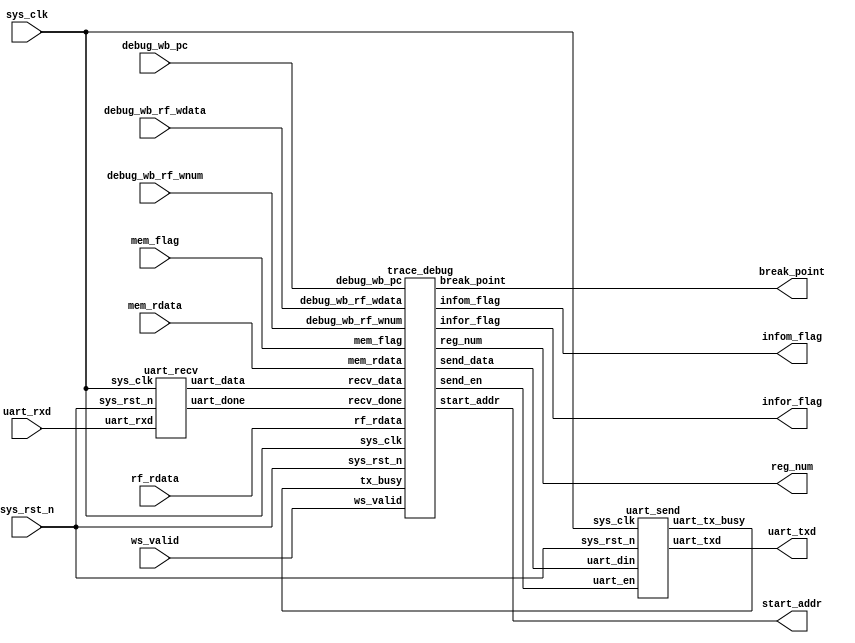
module debug_top(
     input           sys_clk,            
     input           sys_rst_n,          
     input           uart_rxd,
     input[31:0]     debug_wb_pc,
     input[ 4:0]     debug_wb_rf_wnum,
     input[31:0]     debug_wb_rf_wdata,
     input           ws_valid,
     output          break_point,
     output          infor_flag,
     output[ 4:0]    reg_num,
     input [31:0]    rf_rdata,
     output          infom_flag,
     output[31:0]    start_addr,
     input           mem_flag,
     input[ 7:0]     mem_rdata,   
     output          uart_txd          
     );
 
  //parameter define
parameter  CLK_FREQ = 50000000;         
parameter  UART_BPS = 9600;          
    
//wire define   
wire       uart_recv_done;              
wire [7:0] uart_recv_data;              
wire       uart_send_en;                
wire [7:0] uart_send_data;             
wire       uart_tx_busy;                


uart_recv u_uart_recv(                 
    .sys_clk        (sys_clk), 
    .sys_rst_n      (sys_rst_n),
    
    .uart_rxd       (uart_rxd),
    .uart_done      (uart_recv_done),
    .uart_data      (uart_recv_data)
    );

  
uart_send  u_uart_send(                 
    .sys_clk        (sys_clk),
    .sys_rst_n      (sys_rst_n),
    
    .uart_en        (uart_send_en),
    .uart_din       (uart_send_data),
    .uart_tx_busy   (uart_tx_busy),
    .uart_txd       (uart_txd)
    );
    
  
trace_debug u_trace_debug(
    .sys_clk        (sys_clk),             
    .sys_rst_n      (sys_rst_n),           

    .recv_done      (uart_recv_done),   
    .recv_data      (uart_recv_data),

    .debug_wb_pc      (debug_wb_pc      ),
    .debug_wb_rf_wnum (debug_wb_rf_wnum ),
    .debug_wb_rf_wdata(debug_wb_rf_wdata),
    .ws_valid         (ws_valid         ),
    .break_point      (break_point      ),
    .infor_flag       (infor_flag       ),
    .reg_num          (reg_num          ),
    .rf_rdata         (rf_rdata         ),
    .infom_flag       (infom_flag       ),
    .start_addr       (start_addr       ),
    .mem_flag         (mem_flag         ),
    .mem_rdata        (mem_rdata        ),
  
    .tx_busy        (uart_tx_busy),           
    .send_en        (uart_send_en),     
    .send_data      (uart_send_data)    
    );
    
endmodule 

module uart_recv(
    input             sys_clk,                  
    input             sys_rst_n,               
     
    input             uart_rxd,                 
    output  reg       uart_done,               
    output  reg [7:0] uart_data               
    );
    
//parameter define
parameter  CLK_FREQ = 50000000;               
parameter  UART_BPS = 9600;                    
localparam  BPS_CNT  = CLK_FREQ/UART_BPS;       
                                                
//reg define
reg        uart_rxd_d0;
reg        uart_rxd_d1;
reg        rx_flag; 
reg [15:0] clk_cnt;                
reg [ 3:0] rx_cnt;                  
reg [ 7:0] rxdata;                             

//wire define
wire       start_flag;

assign  start_flag = uart_rxd_d1 & (~uart_rxd_d0);    

always @(posedge sys_clk or negedge sys_rst_n) begin 
    if (!sys_rst_n) begin 
        uart_rxd_d0 <= 1'b0;
        uart_rxd_d1 <= 1'b0;          
    end
    else begin
        uart_rxd_d0  <= uart_rxd;                   
        uart_rxd_d1  <= uart_rxd_d0;
    end   
end

  
always @(posedge sys_clk or negedge sys_rst_n) begin         
    if (!sys_rst_n)                                  
        rx_flag <= 1'b0;
    else begin
        if(start_flag)                          
            rx_flag <= 1'b1;                    
                                               
        else if((rx_cnt == 4'd9) && (clk_cnt == BPS_CNT/2))
            rx_flag <= 1'b0;                   
            else
               rx_flag <= rx_flag;
    end
end


always @(posedge sys_clk or negedge sys_rst_n) begin         
    if (!sys_rst_n)                             
        clk_cnt <= 16'd0;                                  
    else if ( rx_flag ) begin                   
        if (clk_cnt < BPS_CNT - 1)
            clk_cnt <= clk_cnt + 1'b1;
      else
            clk_cnt <= 16'd0;                   
    end
    else                                            
        clk_cnt <= 16'd0;                       
end


always @(posedge sys_clk or negedge sys_rst_n) begin         
    if (!sys_rst_n)                             
        rx_cnt  <= 4'd0;
    else if ( rx_flag ) begin                   
        if (clk_cnt == BPS_CNT - 1)             
            rx_cnt <= rx_cnt + 1'b1;           
        else
            rx_cnt <= rx_cnt;       
    end
    else
        rx_cnt  <= 4'd0;                        
end


always @(posedge sys_clk or negedge sys_rst_n) begin 
    if ( !sys_rst_n)  
        rxdata <= 8'd0;                                     
    else if(rx_flag)                            
        if (clk_cnt == BPS_CNT/2) begin         
            case ( rx_cnt )
            4'd1 : rxdata[0] <= uart_rxd_d1;   
            4'd2 : rxdata[1] <= uart_rxd_d1;
            4'd3 : rxdata[2] <= uart_rxd_d1;
            4'd4 : rxdata[3] <= uart_rxd_d1;
            4'd5 : rxdata[4] <= uart_rxd_d1;
            4'd6 : rxdata[5] <= uart_rxd_d1;
            4'd7 : rxdata[6] <= uart_rxd_d1;
            4'd8 : rxdata[7] <= uart_rxd_d1;   
           default:;                                    
           endcase
       end
       else 
           rxdata <= rxdata;
    else
        rxdata <= 8'd0;
end


always @(posedge sys_clk or negedge sys_rst_n) begin        
    if (!sys_rst_n) begin
        uart_data <= 8'd0;                               
        uart_done <= 1'b0;
    end
    else if(rx_cnt == 4'd9) begin                         
        uart_data <= rxdata;                    
        uart_done <= 1'b1;                    
    end
    else begin
        uart_data <= 8'd0;                                   
        uart_done <= 1'b0; 
    end    
end

endmodule    

module uart_send(
    input              sys_clk,             
    input              sys_rst_n,           
    input              uart_en,             
    input       [ 7:0] uart_din,            
    output             uart_tx_busy,                   
    output  reg        uart_txd                  
    );
    
//parameter define
parameter  CLK_FREQ = 50000000;             
parameter  UART_BPS = 9600;                 
localparam  BPS_CNT  = CLK_FREQ/UART_BPS;   

//reg define
reg        uart_en_d0; 
reg        uart_en_d1;  
reg        tx_flag;
reg [15:0] clk_cnt;             
reg [ 7:0] tx_data;             
reg [ 3:0] tx_cnt; 

wire       en_flag;                            

assign uart_tx_busy = tx_flag;

assign en_flag = (~uart_en_d1) & uart_en_d0;

always @(posedge sys_clk or negedge sys_rst_n) begin         
    if (!sys_rst_n) begin
        uart_en_d0 <= 1'b0;                                  
        uart_en_d1 <= 1'b0;
    end                                                      
    else begin                                               
        uart_en_d0 <= uart_en;                               
        uart_en_d1 <= uart_en_d0;                            
    end
end


always @(posedge sys_clk or negedge sys_rst_n) begin         
    if (!sys_rst_n) begin                                  
        tx_flag <= 1'b0;
        tx_data <= 8'd0;
    end 
    else if (en_flag) begin                             
            tx_flag <= 1'b1;               
            tx_data <= uart_din;           
        end
                                            
        else if ((tx_cnt == 4'd9) && (clk_cnt == BPS_CNT - (BPS_CNT/16))) begin                                       
            tx_flag <= 1'b0;                
            tx_data <= 8'd0;
        end
        else begin
            tx_flag <= tx_flag;
            tx_data <= tx_data;
        end 
end


always @(posedge sys_clk or negedge sys_rst_n) begin         
    if (!sys_rst_n)                             
        clk_cnt <= 16'd0;                                  
    else if (tx_flag) begin                
        if (clk_cnt < BPS_CNT - 1)
            clk_cnt <= clk_cnt + 1'b1;
        else
            clk_cnt <= 16'd0;               
    end
    else                             
        clk_cnt <= 16'd0;                   
end


always @(posedge sys_clk or negedge sys_rst_n) begin         
    if (!sys_rst_n)                             
        tx_cnt <= 4'd0;
    else if (tx_flag) begin                 
        if (clk_cnt == BPS_CNT - 1)         
            tx_cnt <= tx_cnt + 1'b1;        
        else
            tx_cnt <= tx_cnt;       
    end
    else                              
        tx_cnt  <= 4'd0;                    
end


always @(posedge sys_clk or negedge sys_rst_n) begin        
    if (!sys_rst_n)  
        uart_txd <= 1'b1;        
    else if (tx_flag)
       case(tx_cnt)
           4'd0: uart_txd <= 1'b0;        
           4'd1: uart_txd <= tx_data[0];   
           4'd2: uart_txd <= tx_data[1];
           4'd3: uart_txd <= tx_data[2];
           4'd4: uart_txd <= tx_data[3];
           4'd5: uart_txd <= tx_data[4];
           4'd6: uart_txd <= tx_data[5];
           4'd7: uart_txd <= tx_data[6];
           4'd8: uart_txd <= tx_data[7];   
           4'd9: uart_txd <= 1'b1;         
           default: ;
     endcase
    else 
        uart_txd <= 1'b1;                   
end

endmodule             


/*...........................................................Debug module........................................*/
module trace_debug(
     input            sys_clk,                   
     input            sys_rst_n,                
     
     input            recv_done,                 
     input[7:0]       recv_data,

     input[31:0]      debug_wb_pc,
     input[ 4:0]      debug_wb_rf_wnum,
     input[31:0]      debug_wb_rf_wdata,
     input            ws_valid,
     output           break_point,
     output           infor_flag,
     output[ 4:0]     reg_num, 
     input [31:0]     rf_rdata,

     output           infom_flag,
     output[31:0]     start_addr,
     input            mem_flag,
     input[ 7:0]      mem_rdata,

     input            tx_busy,                      
     output reg       send_en,                   
     output reg [7:0] send_data                  
    );

//reg define
reg recv_done_d0;
reg recv_done_d1;

//wire define
wire recv_done_flag;

assign recv_done_flag = (~recv_done_d1) & recv_done_d0;
                                                
always @(posedge sys_clk or negedge sys_rst_n) begin         
    if (!sys_rst_n) begin
        recv_done_d0 <= 1'b0;                                  
        recv_done_d1 <= 1'b0;
    end                                                      
    else begin                                               
        recv_done_d0 <= recv_done;                               
        recv_done_d1 <= recv_done_d0;                            
    end
end


//receive
reg[31:0] break_pc;
reg[ 4:0] recv_state;
reg       break_flag;
reg       infor_flag_r;
reg[ 7:0] reg_num_r;
reg       infom_flag_r;
reg[31:0] start_addr_r;
reg       step_flag;
reg[31:0] step_pc;
reg[31:0] trace_pc;
reg       trace_flag;
reg       list_flag;
always@(posedge sys_clk or negedge sys_rst_n)begin
    if(!sys_rst_n)begin  
        recv_state  <=5'd0;
        break_flag  <=1'b0;
        break_pc    <=32'd0;
        infor_flag_r<=1'b0;
        reg_num_r   <=8'd0;
        infom_flag_r<=1'b0;
        start_addr_r<=32'd0;
        step_flag   <=1'b0;
        step_pc     <=32'd0;
        trace_pc    <=32'd0;
        trace_flag  <=1'b0;
        list_flag   <=1'b0;
    end
    else begin
        case(recv_state)
        5'd00:begin
            if(recv_done_flag && recv_data==8'd01)begin          //trace
                recv_state<=5'd22;
                trace_flag<=1'b1;  
            end
            if(recv_done_flag && recv_data==8'd02)begin          //break_point
                recv_state<=recv_state+1'b1;
                break_flag<=1'b1;
                step_flag <=1'b0;
                trace_flag<=1'b0;   
            end
            else if(recv_done_flag && recv_data==8'd03)begin    //continue
                recv_state  <=5'd09;
                break_flag  <=1'b0;
                step_flag   <=1'b0;
            end
            else if(recv_done_flag && recv_data==8'd04)begin    //infor
                recv_state<=5'd10;
            end
            else if(recv_done_flag && recv_data==8'd05)begin    //infom
                recv_state<=5'd13;
            end
            else if(recv_done_flag && recv_data==8'd06)begin    //step
                recv_state<=5'd09;
                step_flag <=1'b1;
                break_flag<=1'b0;
                step_pc   <=debug_wb_pc;
            end
            else if(recv_done_flag && recv_data==8'd07)begin   //list
                recv_state<=5'd30;
                list_flag <=1'b1;
            end
        end
        //receive break_point
        5'd01:if(!recv_done_flag)
                recv_state    <=recv_state+1'b1;
        5'd02:begin
            if(recv_done_flag)begin
                break_pc[31:24]<=recv_data;
                recv_state     <=recv_state+1'b1;
            end
        end
        5'd03:if(!recv_done_flag)
                recv_state    <=recv_state+1'b1;
        5'd04:begin
            if(recv_done_flag)begin
                break_pc[23:16]<=recv_data;
                recv_state     <=recv_state+1'b1;
            end
        end
        5'd05:if(!recv_done_flag)
                recv_state   <=recv_state+1'b1;
        5'd06:begin
            if(recv_done_flag)begin
                break_pc[15:8]<=recv_data;
                recv_state    <=recv_state+1'b1;
            end
        end
        5'd07:if(!recv_done_flag)
                recv_state   <=recv_state+1'b1;
        5'd08:begin
            if(recv_done_flag)begin
                break_pc[7:0]<=recv_data;
                recv_state   <=recv_state+1'b1;
            end
        end
        5'd09:if(!recv_done_flag)
                recv_state  <=5'd0;

        //receive reg_num 
        5'd10:if(!recv_done_flag)
                recv_state  <=recv_state+1'b1;
        5'd11:begin
            if(recv_done_flag)begin
                infor_flag_r<=1'b1;
                reg_num_r   <=recv_data;
                recv_state  <=recv_state+1'b1;
            end
        end
        5'd12:begin
            infor_flag_r<=1'b0;
            recv_state  <=5'd09;
        end

        //receive mem_addr
        5'd13:if(!recv_done_flag)
                recv_state    <=recv_state+1'b1;
        5'd14:begin
            if(recv_done_flag)begin
                start_addr_r[31:24]<=recv_data;
                recv_state         <=recv_state+1'b1;
            end
        end
        5'd15:if(!recv_done_flag)
                recv_state    <=recv_state+1'b1;
        5'd16:begin
            if(recv_done_flag)begin
                start_addr_r[23:16]<=recv_data;
                recv_state         <=recv_state+1'b1;
            end 
        end
        5'd17:if(!recv_done_flag)
                recv_state   <=recv_state+1'b1;
        5'd18:begin
            if(recv_done_flag)begin
                start_addr_r[15:8]<=recv_data;
                recv_state        <=recv_state+1'b1;
            end
        end
        5'd19:if(!recv_done_flag)
                recv_state   <=recv_state+1'b1;
        5'd20:begin
            if(recv_done_flag)begin
                infom_flag_r   <=1'b1;
                start_addr_r[7:0]<=recv_data;
                recv_state       <=recv_state+1'b1;
            end
        end
        5'd21:begin
            if(mem_flag)begin
                infom_flag_r<=1'b0;
                recv_state  <=5'd09;
            end
        end
        
        5'd22:if(!recv_done_flag)
                recv_state    <=recv_state+1'b1;
        5'd23:begin
            if(recv_done_flag)begin
                trace_pc[31:24]<=recv_data;
                recv_state    <=recv_state+1'b1;
            end
        end
        5'd24:if(!recv_done_flag)
                recv_state    <=recv_state+1'b1;
        5'd25:begin
            if(recv_done_flag)begin
                trace_pc[23:16]<=recv_data;
                recv_state    <=recv_state+1'b1;
            end
        end
        5'd26:if(!recv_done_flag)
                recv_state   <=recv_state+1'b1;
        5'd27:begin
            if(recv_done_flag)begin
                trace_pc[15:8]<=recv_data;
                recv_state   <=recv_state+1'b1;
            end
        end
        5'd28:if(!recv_done_flag)
                recv_state   <=recv_state+1'b1;
        5'd29:begin
            if(recv_done_flag)begin
                trace_pc[7:0]<=recv_data;
                recv_state  <=5'd09;
            end
        end
        5'd30:begin
            list_flag <=1'b0;
            recv_state<=5'd0;
        end
        default:;
        endcase
    end
end


//break_point and step processing
assign break_point=((break_pc==debug_wb_pc && ws_valid && break_flag) || (step_pc!=debug_wb_pc && step_flag))? 1'b1:1'b0; 
//infor processing
assign infor_flag=infor_flag_r;
assign reg_num=reg_num_r[4:0];
//infom processing
assign infom_flag=infom_flag_r;
assign start_addr=start_addr_r;


//send
reg a_flag;
reg send_flag;
reg[ 5:0] send_state;
reg[31:0] rf_rdata_r;
reg[ 7:0] mem_rdata_r;
reg[ 4:0] wnum_r;
reg[31:0] wdata_r;
reg[31:0] list_pc_r;

always@(posedge sys_clk or negedge sys_rst_n) begin         
      if (!sys_rst_n) begin
          send_en   <= 1'b0;
          send_data <= 8'd0;
          send_flag <= 1'b0;
          a_flag    <= 1'b0;
          send_state<= 6'd0;
      end                                                      
      else if(infor_flag)begin 
               send_flag <= 1'b1;
               send_state<= 6'd0;
               rf_rdata_r<= rf_rdata;                                                        
          end
      else if(infom_flag && mem_flag)begin
               send_flag  <=1'b1;
               send_state <=6'd20;
               mem_rdata_r<=mem_rdata;
      end
      else if(trace_pc==debug_wb_pc && trace_flag && !a_flag)begin 
               send_flag <= 1'b1;
               a_flag    <= 1'b1;
               send_state<= 6'd25;
               wnum_r    <= debug_wb_rf_wnum;
               wdata_r   <= debug_wb_rf_wdata;                                                          
          end
      else if(list_flag)begin
               send_flag<=1'b1;
               send_state<=6'd50;
               list_pc_r<=debug_wb_pc;
      end
      else if(send_flag)begin
        case(send_state)
        6'd00:begin
            if(~tx_busy)begin
              send_en   <= 1'b1;
              send_data <= rf_rdata_r[31:24];
              send_state<=send_state+1'b1;
            end
      end
        6'd04:begin
                send_en   <= 1'b0;
                send_state<= send_state+1'b1;
        end
        6'd05:begin
            if(~tx_busy)begin
                send_en   <= 1'b1;
                send_data <=rf_rdata_r[23:16];
                send_state<=send_state+1'b1;   
            end
        end
        6'd09:begin
                send_en   <= 1'b0;
                send_state<= send_state+1'b1;
        end
        6'd10:begin
            if(~tx_busy)begin
                send_en   <= 1'b1;
                send_data <=rf_rdata_r[15:8];
                send_state<=send_state+1'b1;   
            end
        end
        6'd14:begin
                send_en   <= 1'b0;
                send_state<= send_state+1'b1;
        end 
        6'd15:begin
            if(~tx_busy)begin
                send_en   <= 1'b1;
                send_data <=rf_rdata_r[7:0];
                send_state<=send_state+1'b1;   
            end
        end
        6'd19:begin
                send_en   <= 1'b0;
                send_flag <= 1'b0;
                send_state<= 6'd0;
        end


        6'd20:begin
            if(~tx_busy)begin
              send_en   <= 1'b1;
              send_data <= mem_rdata_r;
              send_state<=send_state+1'b1;
            end
      end
        6'd24:begin
                send_en   <= 1'b0;
                send_flag <= 1'b0;
                send_state<= 5'd0;
        end
        

        6'd25:begin
            if(~tx_busy)begin
              send_en   <= 1'b1;
              send_data <={3'd0,wnum_r};
              send_state<=send_state+1'b1;
            end
      end
        6'd29:begin
                send_en   <= 1'b0;
                send_state<= send_state+1'b1;
        end
        6'd30:begin
            if(~tx_busy)begin
                send_en   <= 1'b1;
                send_data <=wdata_r[31:24];
                send_state<=send_state+1'b1;   
            end
        end
        6'd34:begin
                send_en   <= 1'b0;
                send_state<= send_state+1'b1;
        end
        6'd35:begin
            if(~tx_busy)begin
                send_en   <= 1'b1;
                send_data <=wdata_r[23:16];
                send_state<=send_state+1'b1;   
            end
        end
        6'd39:begin
                send_en   <= 1'b0;
                send_state<= send_state+1'b1;
        end 
        6'd40:begin
            if(~tx_busy)begin
                send_en   <= 1'b1;
                send_data <=wdata_r[15:8];
                send_state<=send_state+1'b1;   
            end
        end
        6'd44:begin
                send_en   <= 1'b0;
                send_state<= send_state+1'b1;
        end 
        6'd45:begin
            if(~tx_busy)begin
                send_en   <= 1'b1;
                send_data <=wdata_r[7:0];
                send_state<=send_state+1'b1;   
            end
        end
        6'd49:begin
            if(recv_state==5'd10 || recv_state==5'd13 || recv_state==5'd29)begin
                send_en   <= 1'b0;
                send_flag <= 1'b0;
                a_flag    <= 1'b0;
                send_state<= 6'd0;
            end
        end


        6'd50:begin
            if(~tx_busy)begin
              send_en   <= 1'b1;
              send_data <= list_pc_r[31:24];
              send_state<=send_state+1'b1;
            end
      end
        6'd52:begin
                send_en   <= 1'b0;
                send_state<= send_state+1'b1;
        end
        6'd53:begin
            if(~tx_busy)begin
                send_en   <= 1'b1;
                send_data <=list_pc_r[23:16];
                send_state<=send_state+1'b1;   
            end
        end
        6'd55:begin
                send_en   <= 1'b0;
                send_state<= send_state+1'b1;
        end
        6'd56:begin
            if(~tx_busy)begin
                send_en   <= 1'b1;
                send_data <=list_pc_r[15:8];
                send_state<=send_state+1'b1;   
            end
        end
        6'd58:begin
                send_en   <= 1'b0;
                send_state<= send_state+1'b1;
        end 
        6'd59:begin
            if(~tx_busy)begin
                send_en   <= 1'b1;
                send_data <=list_pc_r[7:0];
                send_state<=send_state+1'b1;   
            end
        end
        6'd61:begin
                send_en   <= 1'b0;
                send_flag <= 1'b0;
                send_state<= 6'd0;
        end   
        default:send_state <= send_state+1'b1;
        endcase
      end
end

endmodule